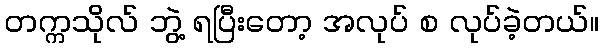
တက္ကသိုလ် ဘွဲ့ ရပြီးတော့ အလုပ် စ လုပ်ခဲ့တယ်။